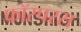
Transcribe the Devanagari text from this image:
फॉस्परस